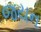
જયન